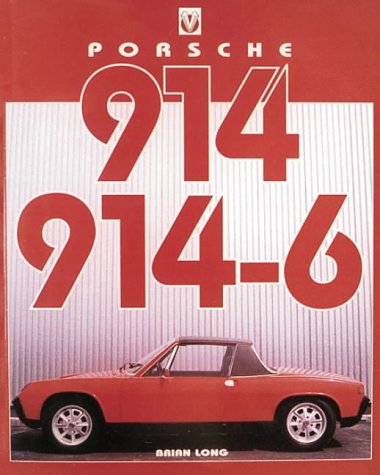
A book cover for Porsche 914 914-6 (Speed Pro); Brian Long; Engineering & Transportation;